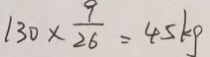
1 3 0 \times \frac { 9 } { 2 6 } = 4 5 k g